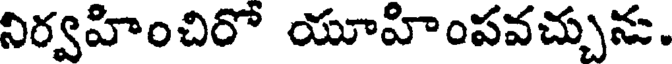
నిర్వహించిరో యూహింపవచ్చును.